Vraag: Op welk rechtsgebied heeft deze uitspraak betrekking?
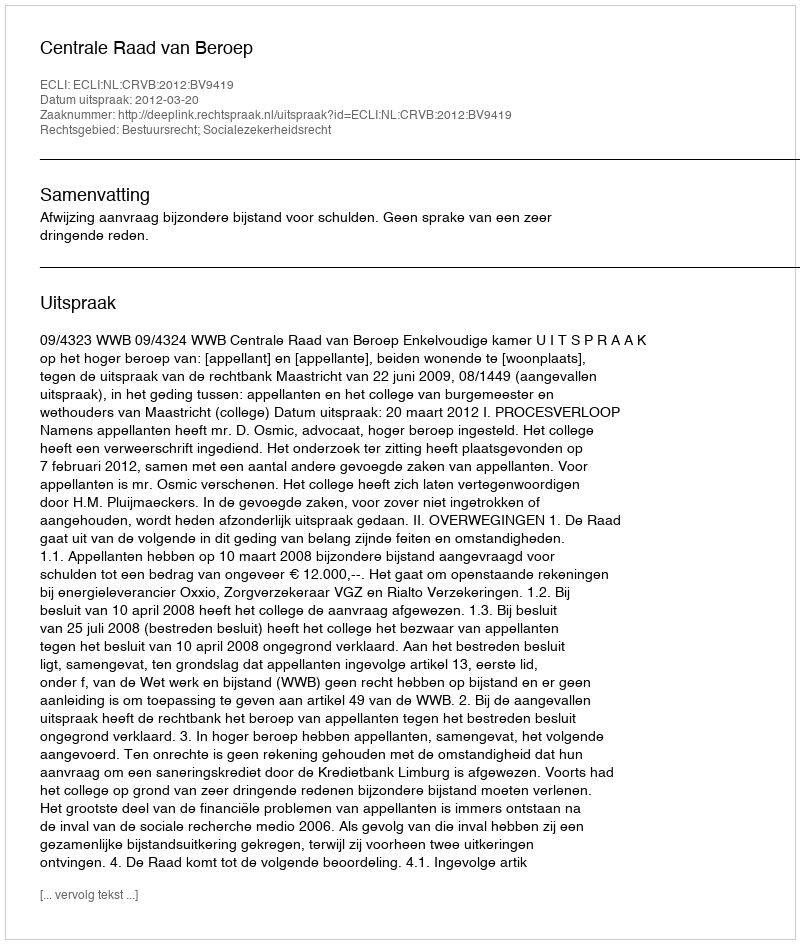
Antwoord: Bestuursrecht; Socialezekerheidsrecht